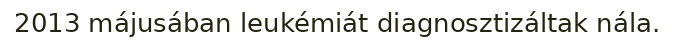
2013 májusában leukémiát diagnosztizáltak nála.